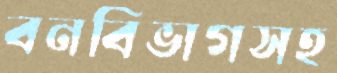
বনবিভাগসহ